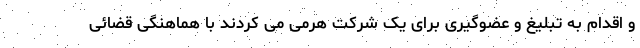
و اقدام به تبلیغ و عضوگیری برای یک شرکت هرمی می کردند با هماهنگی قضائی